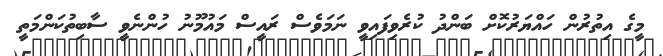
މީގެ އިތުރުން ހައްޔަރުކޮށް ބަންދު ކުރެވިފައިވީ ނަމަވެސް ރައީސް މައުމޫނު ހުންނެވީ ސާބިތުކަންމަތީ